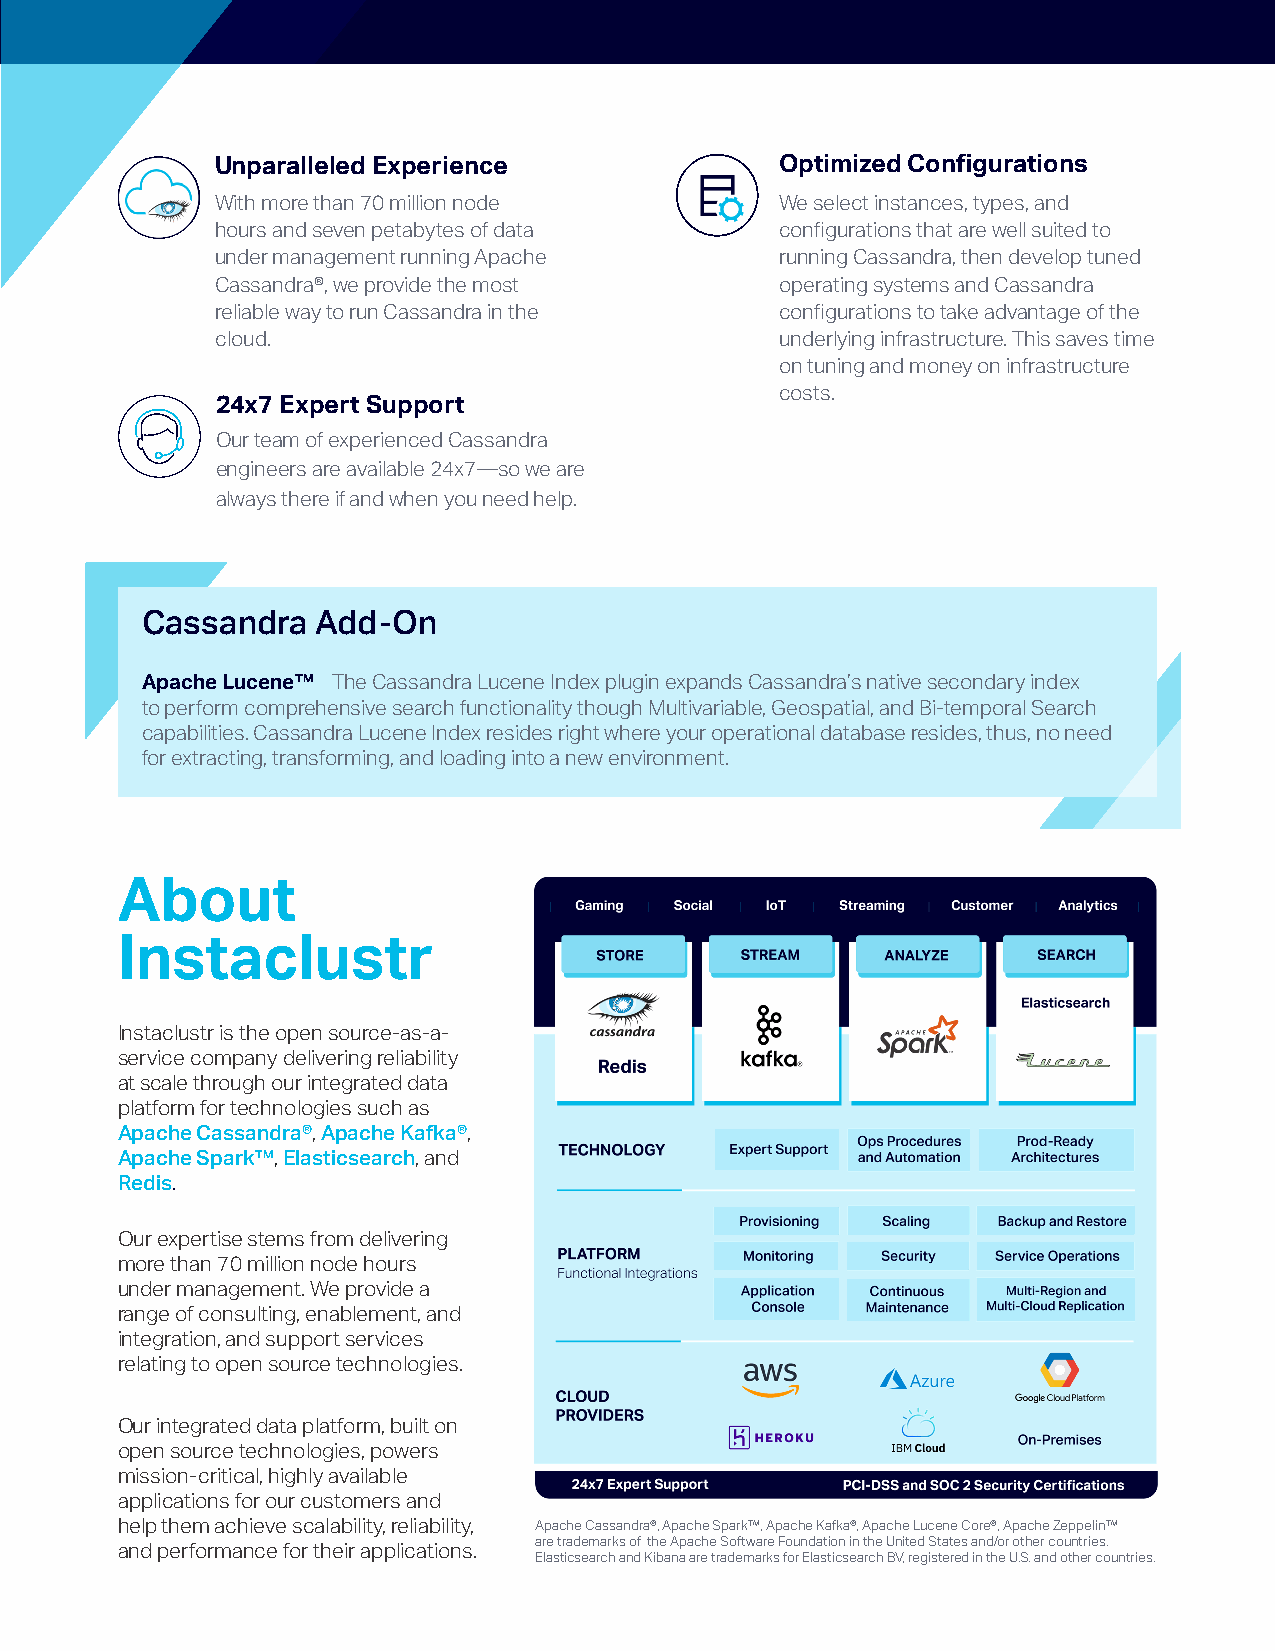
Unparalleled Experience               Optimized Configurations
 With more than 70 million node        We select instances, types, and
 hours and seven petabytes of data     configurations that are well suited to
 under management running Apache       running Cassandra, then develop tuned
 Cassandra®, we provide the most       operating systems and Cassandra
 reliable way to run Cassandra in the  configurations to take advantage of the
 cloud.                                underlying infrastructure. This saves time
 on tuning and money on infrastructure
 costs.
 24x7 Expert Support
 Our team of experienced Cassandra
 engineers are available 24x7—so we are
 always there if and when you need help.
 Cassandra   Add-On
 Apache Lucene™ The Cassandra Lucene Index plugin expands Cassandra’s native secondary index
 to perform comprehensive search functionality though Multivariable, Geospatial, and Bi-temporal Search
 capabilities. Cassandra Lucene Index resides right where your operational database resides, thus, no need
 for extracting, transforming, and loading into a new environment.
 About
 Instaclustr
 Instaclustr is the open source-as-a-
 service company delivering reliability
 at scale through our integrated data
 platform for technologies such as
 Apache Cassandra®, Apache Kafka®,
 Apache Spark™, Elasticsearch, and
 Redis.
 Our expertise stems from delivering
 more than 70 million node hours
 under management. We provide a
 range of consulting, enablement, and
 integration, and support services
 relating to open source technologies.
 Our integrated data platform, built on
 open source technologies, powers
 mission-critical, highly available
 applications for our customers and
 help them achieve scalability, reliability, Apache Cassandra®, Apache Spark™, Apache Kafka®, Apache Lucene Core®, Apache Zeppelin™
 are trademarks of the Apache Software Foundation in the United States and/or other countries.
 and performance for their applications. Elasticsearch and Kibana are trademarks for Elasticsearch BV, registered in the U.S. and other countries.